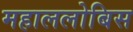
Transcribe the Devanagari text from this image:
महाललोबिस